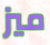
ميز